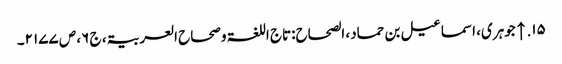
۱۵. ↑ جوہری، اسماعیل بن حماد، الصحاح:تاج اللغۃ وصحاح العربیۃ، ج ۶، ص ۲۱۷۷۔